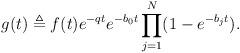
LaTeX: \begin{align*}g(t) \triangleq f(t) e^{-qt} e^{-b_0t}\prod\limits_{j=1}^N (1-e^{-b_j t}).\end{align*}